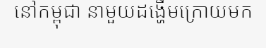
នៅកម្ពុជា នាមួយដង្ហើមក្រោយមក